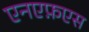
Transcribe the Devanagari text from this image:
एनएफ़एस